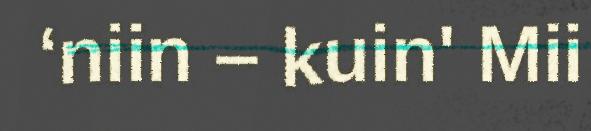
‘niin – kuin' Mii